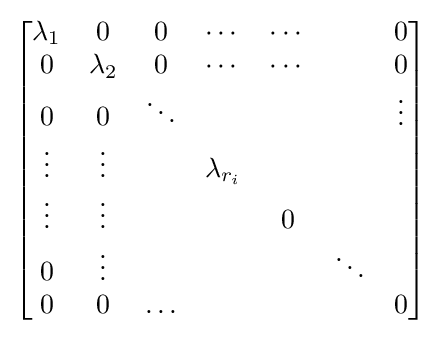
{\begin{bmatrix}\lambda _{1}&0&0&\cdots &\cdots &&0\\0&\lambda _{2}&0&\cdots &\cdots &&0\\0&0&\ddots &&&&\vdots \\\vdots &\vdots &&\lambda _{r_{i}}&&\\\vdots &\vdots &&&0&\\0&\vdots &&&&\ddots \\0&0&\ldots &&&&0\end{bmatrix}}